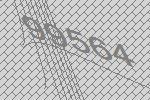
99564